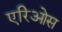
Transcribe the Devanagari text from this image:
एरिओस